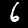
Label: 6